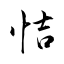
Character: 恄